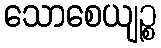
သောစေယျဉ္စ